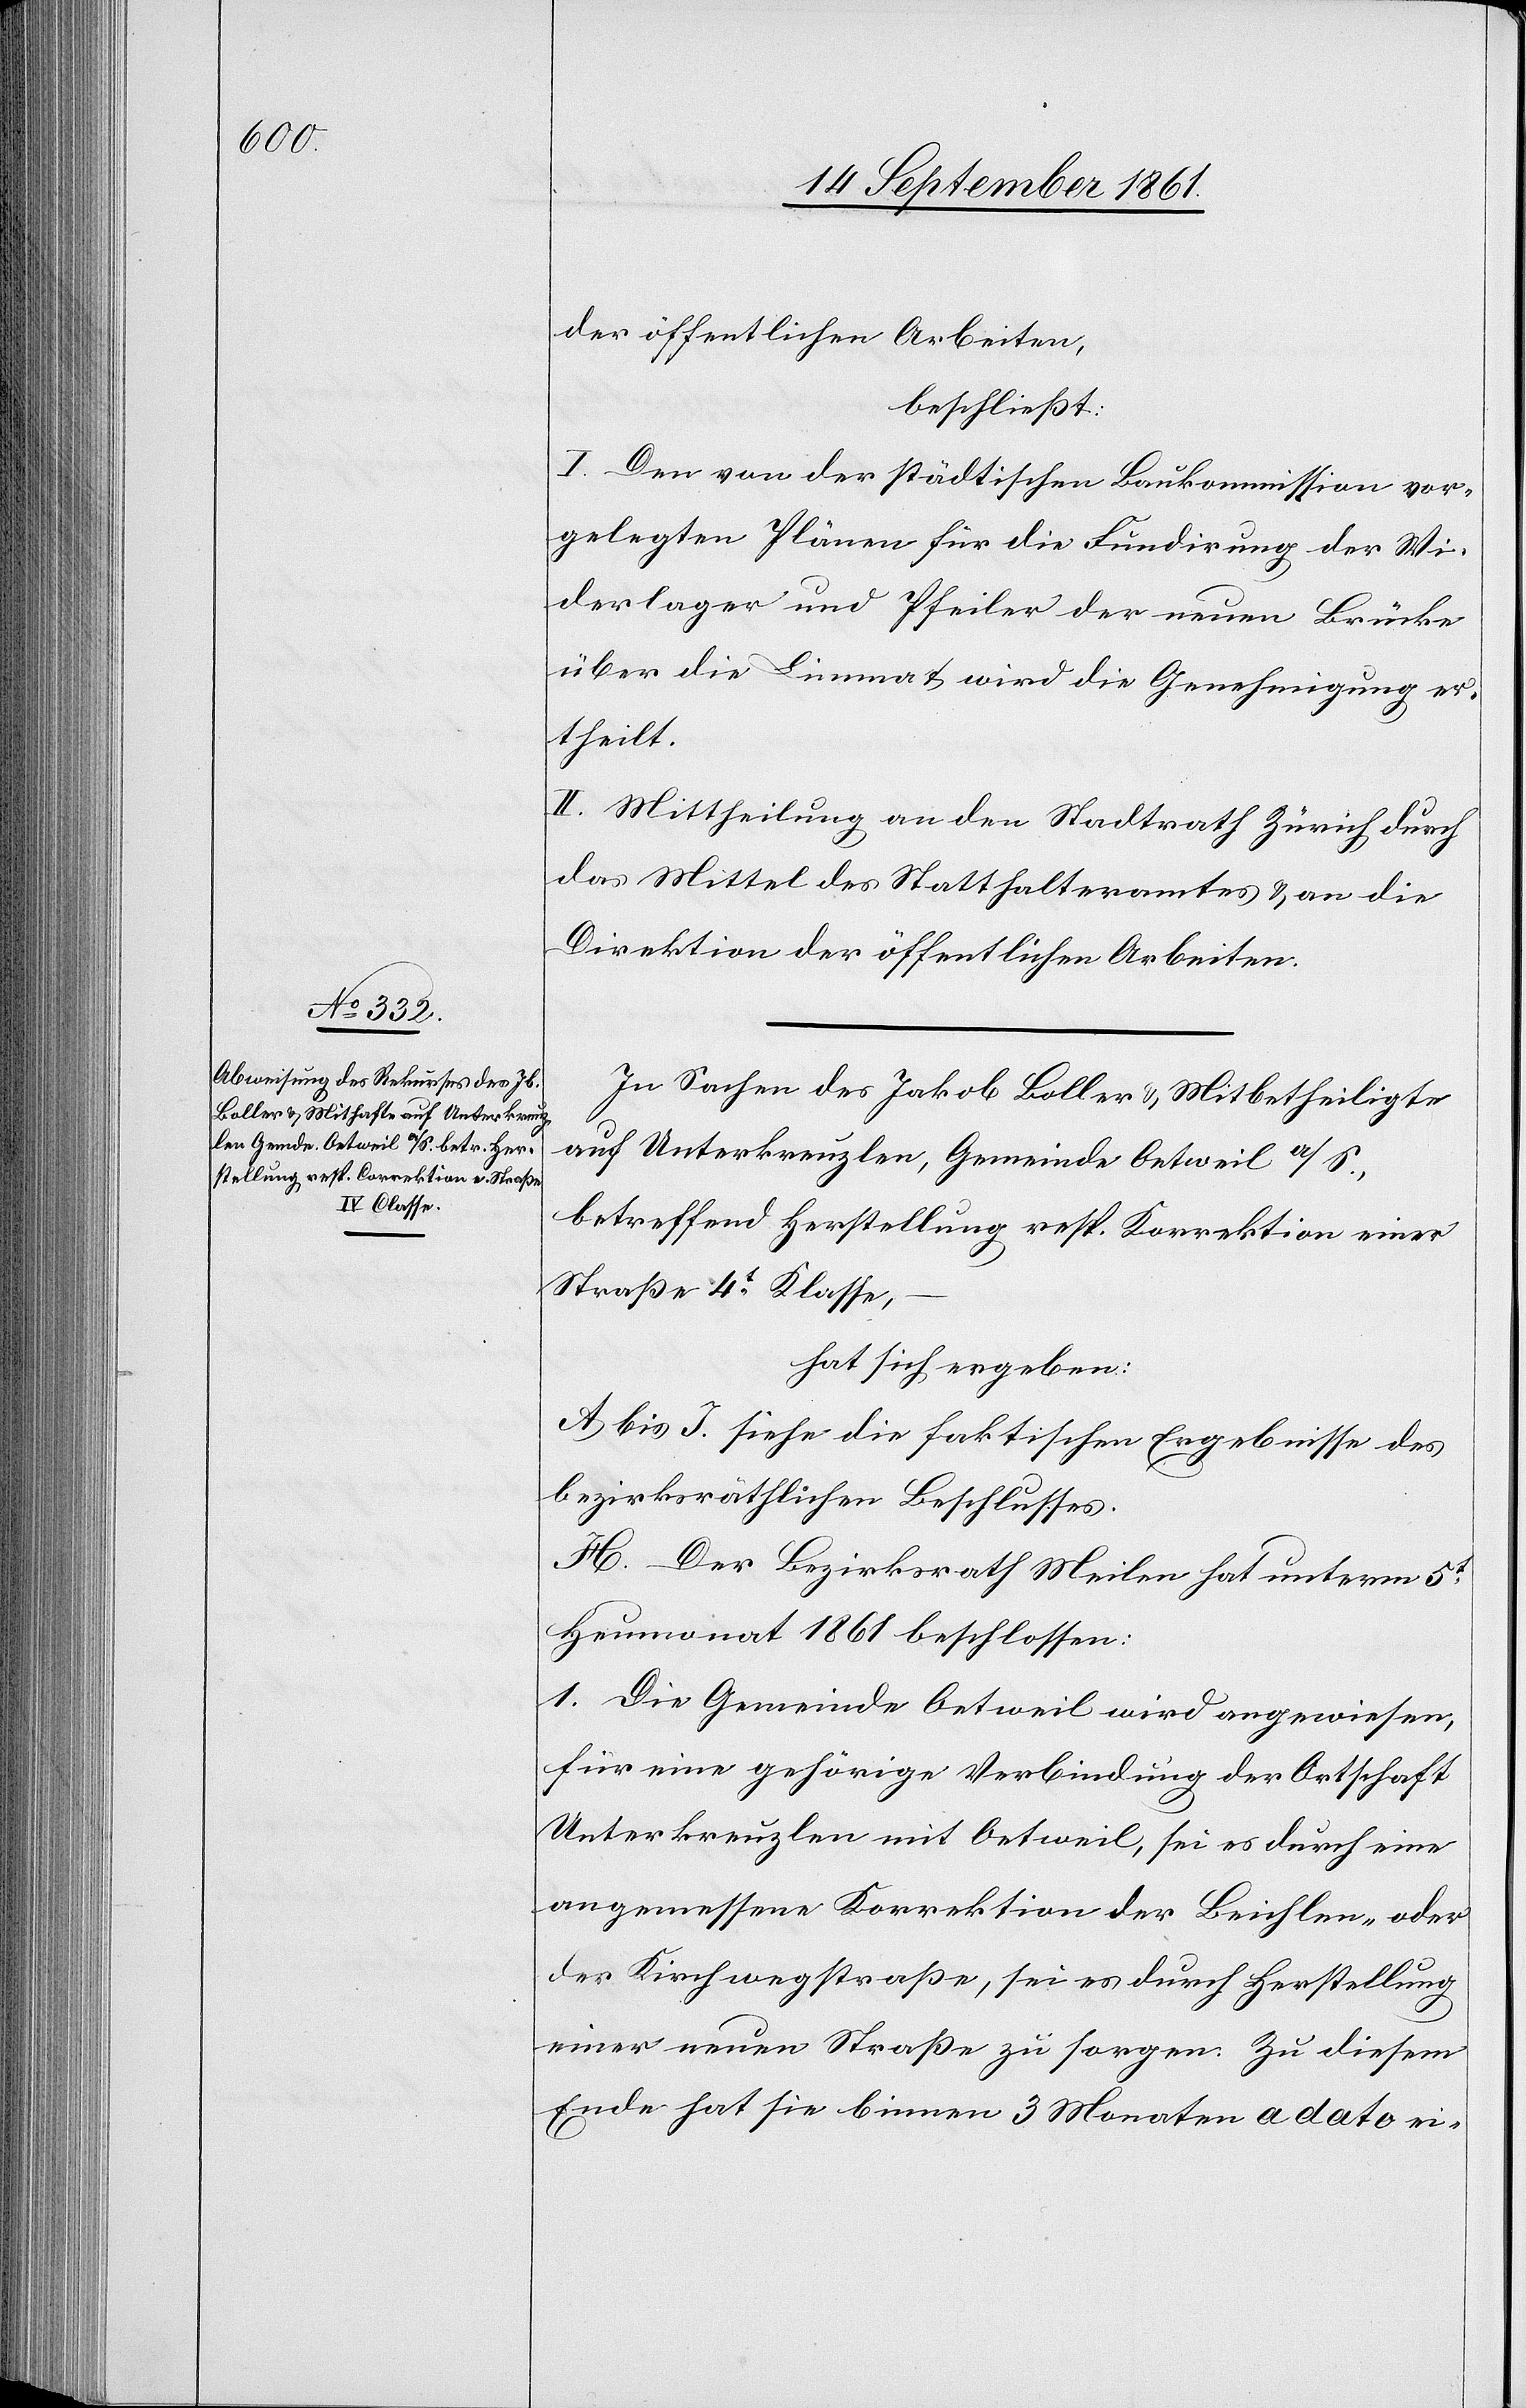
der öffentlichen Arbeiten,
beschließt:
I. Den von der städtischen Baukommission vor¬
gelegten Plänen für die Fundirung der Wi¬
derlager und Pfeiler der neuen Brücke
über die Limmat wird die Genehmigung er¬
theilt.
II. Mittheilung an den Stadtrath Zürich durch
das Mittel des Statthalteramtes u. an die
Direktion der öffentlichen Arbeiten.
In Sachen des Jakob Boller u. Mitbetheiligte
auf Unterkreuzlen, Gemeinde Oetweil a/S.,
betreffend Herstellung resp. Korrektion einer
Straße 4t Klasse,
hat sich ergeben:
A. bis J. siehe die faktischen Ergebnisse des
bezirksräthlichen Beschlusses.
K. Der Bezirksrath Meilen hat unterm 5t
Heumonat 1861 beschlossen:
I. Gemeinde Oetweil wird angewiesen,
für eine gehörige Verbindung der Ortschaft
Unterkreuzlen mit Oetweil, sei es durch eine
angemessene Korrektion der Beichlen- oder
der Kirchwegstraße, sei es durch Herstellung
einer neuen Straße zu sorgen. Zu diesem
Ende hat sie binnen 3 Monaten a dato ei-